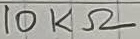
Text: 10KΩ